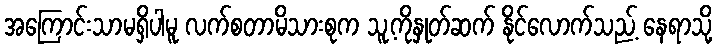
အကြောင်းသာမရှိပါမူ လက်စတာမိသားစုက သူ့ကိုနှုတ်ဆက် နိုင်လောက်သည့် နေရာသို့